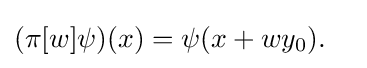
(\pi [w]\psi )(x)=\psi (x+wy_{0}).\quad